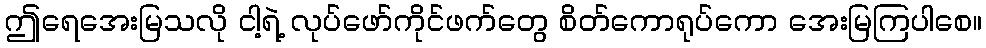
ဤရေအေးမြသလို ငါ့ရဲ့ လုပ်ဖော်ကိုင်ဖက်တွေ စိတ်ကောရုပ်ကော အေးမြကြပါစေ။